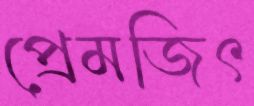
প্রেমজিৎ